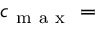
c _ { \mathrm { ~ m ~ a ~ x ~ } } =